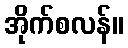
အိုက်စလန်။